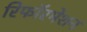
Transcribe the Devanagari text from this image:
रिफॉरमेशन